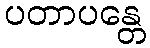
ပတာပန္တေ